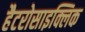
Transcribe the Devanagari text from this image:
हैटरोसाइक्लिक